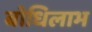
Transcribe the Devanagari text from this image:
बोधिलाभ